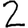
Digit: 2